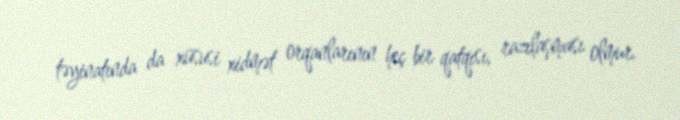
təyinatında da xüsusi xidmət orqanlarının heç bir qatqısı, razılaşması olmur.